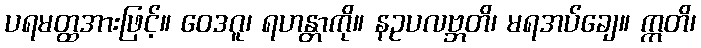
ပရမတ္ထအားဖြင့်။ ဝေဒဂူ၊ ရဟန္တာကို။ နဥပလဗ္ဘတိ၊ မရအပ်ချေ။ ဣတိ၊